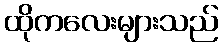
ထိုကလေးများသည်